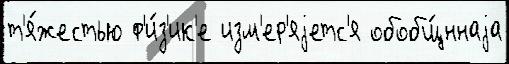
т'я́жестью ф'и́з'ик'е изм'ер'яjетс'я обобщ́ннаjа